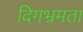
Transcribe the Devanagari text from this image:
दिगभ्रमता